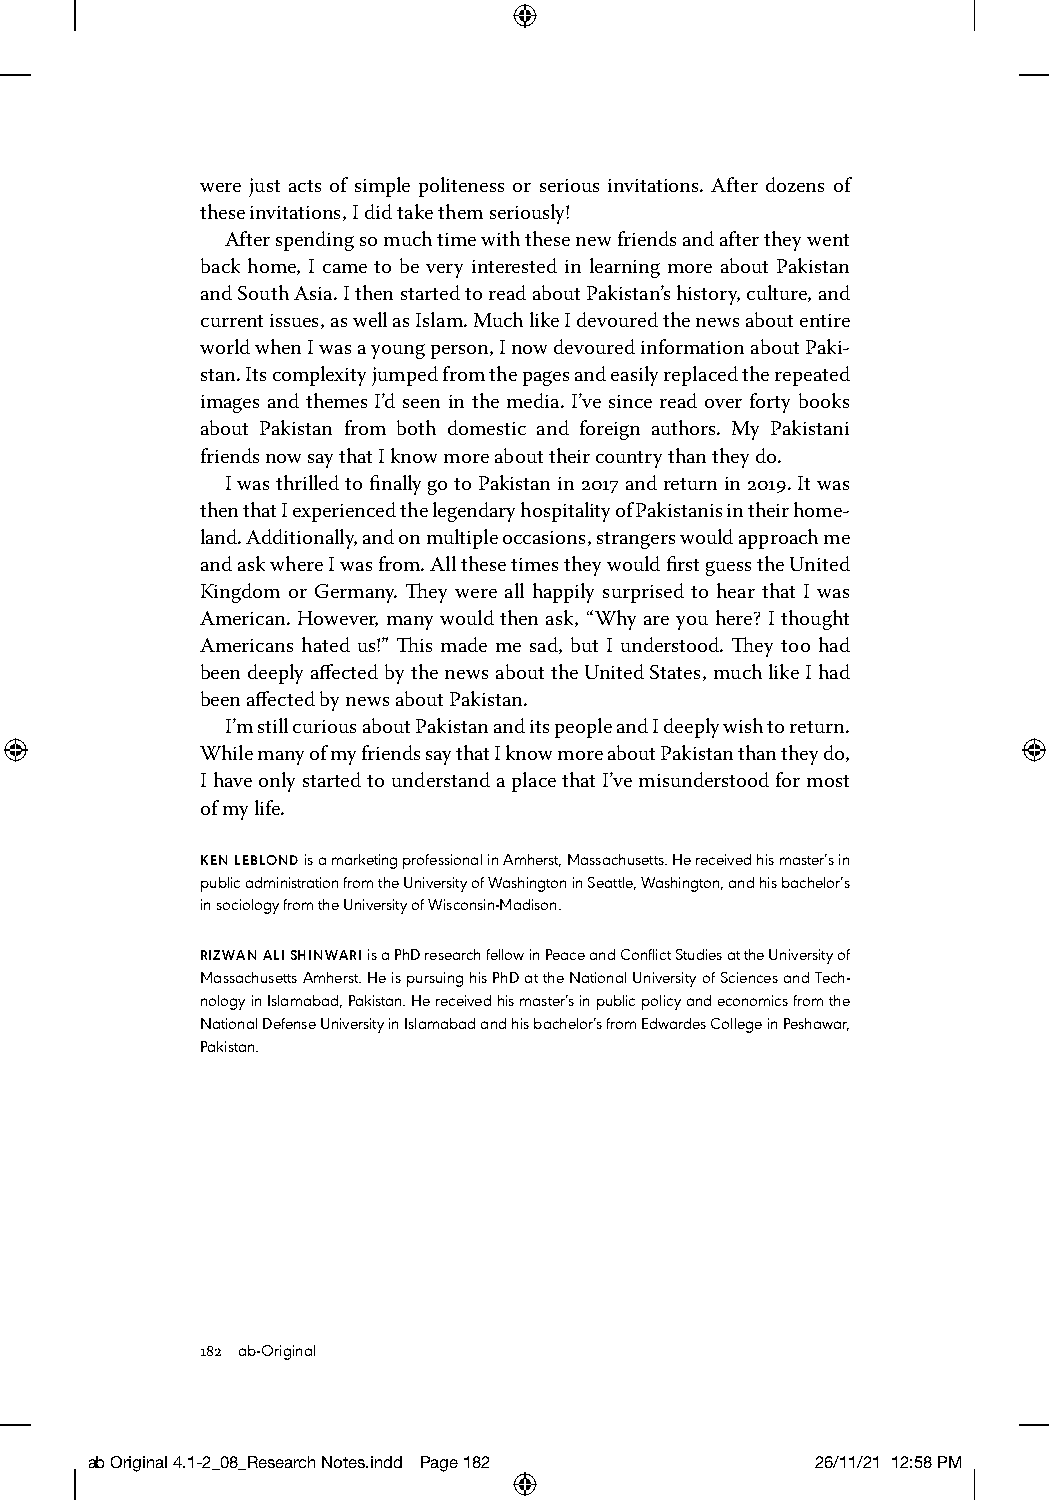
were just acts of simple politeness or serious invitations. After dozens of
 these invitations, I did take them seriously!
 After spending so much time with these new friends and after they went
 back home, I came to be very interested in learning more about Pakistan
 and South Asia. I then started to read about Pakistan’s history, culture, and
 current issues, as well as Islam. Much like I devoured the news about entire
 world when I was a young person, I now devoured information about Paki-
 stan. Its complexity jumped from the pages and easily replaced the repeated
 images and themes I’d seen in the media. I’ve since read over forty books
 about Pakistan from both domestic and foreign authors. My Pakistani
 friends now say that I know more about their country than they do.
 I was thrilled to finally go to Pakistan in 2017 and return in 2019. It was
 then that I experienced the legendary hospitality of Pakistanis in their home-
 land. Additionally, and on multiple occasions, strangers would approach me
 and ask where I was from. All these times they would first guess the United
 Kingdom or Germany. They were all happily surprised to hear that I was
 American. However, many would then ask, “Why are you here? I thought
 Americans hated us!” This made me sad, but I understood. They too had
 been deeply affected by the news about the United States, much like I had
 been affected by news about Pakistan.
 I’m still curious about Pakistan and its people and I deeply wish to return.
 While many of my friends say that I know more about Pakistan than they do,
 I have only started to understand a place that I’ve misunderstood for most
 of my life.
 KEN LEBLOND is a marketing professional in Amherst, Massachusetts. He received his master’s in
 public administration from the University of Washington in Seattle, Washington, and his bachelor’s
 in sociology from the University of Wisconsin-Madison.
 RIZWAN ALI SHINWARI is a PhD research fellow in Peace and Conflict Studies at the University of
 Massachusetts Amherst. He is pursuing his PhD at the National University of Sciences and Tech-
 nology in Islamabad, Pakistan. He received his master’s in public policy and economics from the
 National Defense University in Islamabad and his bachelor’s from Edwardes College in Peshawar,
 Pakistan.
 182 ab-Original
 ab Original 4.1-2_08_Research Notes.indd Page 182 26/11/21 12:58 PM